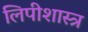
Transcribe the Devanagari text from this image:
लिपीशास्त्र